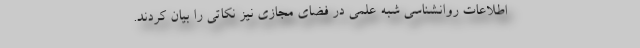
اطلاعات روانشناسی شبه علمی در فضای مجازی نیز نکاتی را بیان کردند.